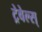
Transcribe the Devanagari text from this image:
ट्रेवेल्स्